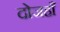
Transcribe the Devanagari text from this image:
दोजहाँ